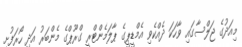
މިއަދުގެ ޖަލްސާގައި ވާހަކަ ދެއްކެވި އެމްޑީޕީގެ ޕާލަމެންޓްރީ ގްރޫޕްގެ މެންބަރު އަދި ހޯރަފުށީ